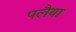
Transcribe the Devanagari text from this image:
पलैया